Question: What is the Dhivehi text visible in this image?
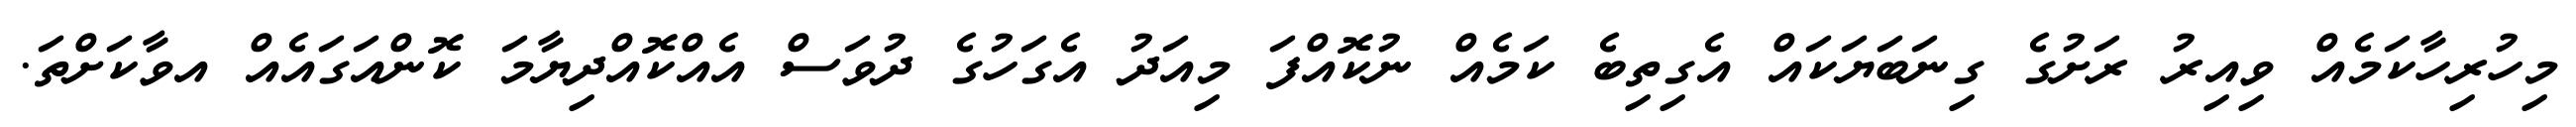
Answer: މިހުރިހާކަމެއް ވިއިރު ރަށުގެ ގިނަބަޔަކައް އެގިތިބެ ކަމެއް ނުކޮއްފަ މިއަދު އެގަހުގެ ދުވަސް އެއްކޮއްދިޔާމަ ކޮންއަގައެއް އވާކަށްތަ.